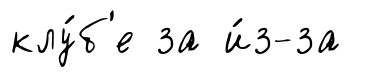
клу́б'е за и́з-за